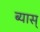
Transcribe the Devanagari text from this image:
ब्यास्